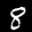
Label: 8